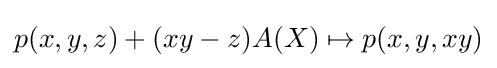
p(x,y,z)+(xy-z)A(X)\mapsto p(x,y,xy)